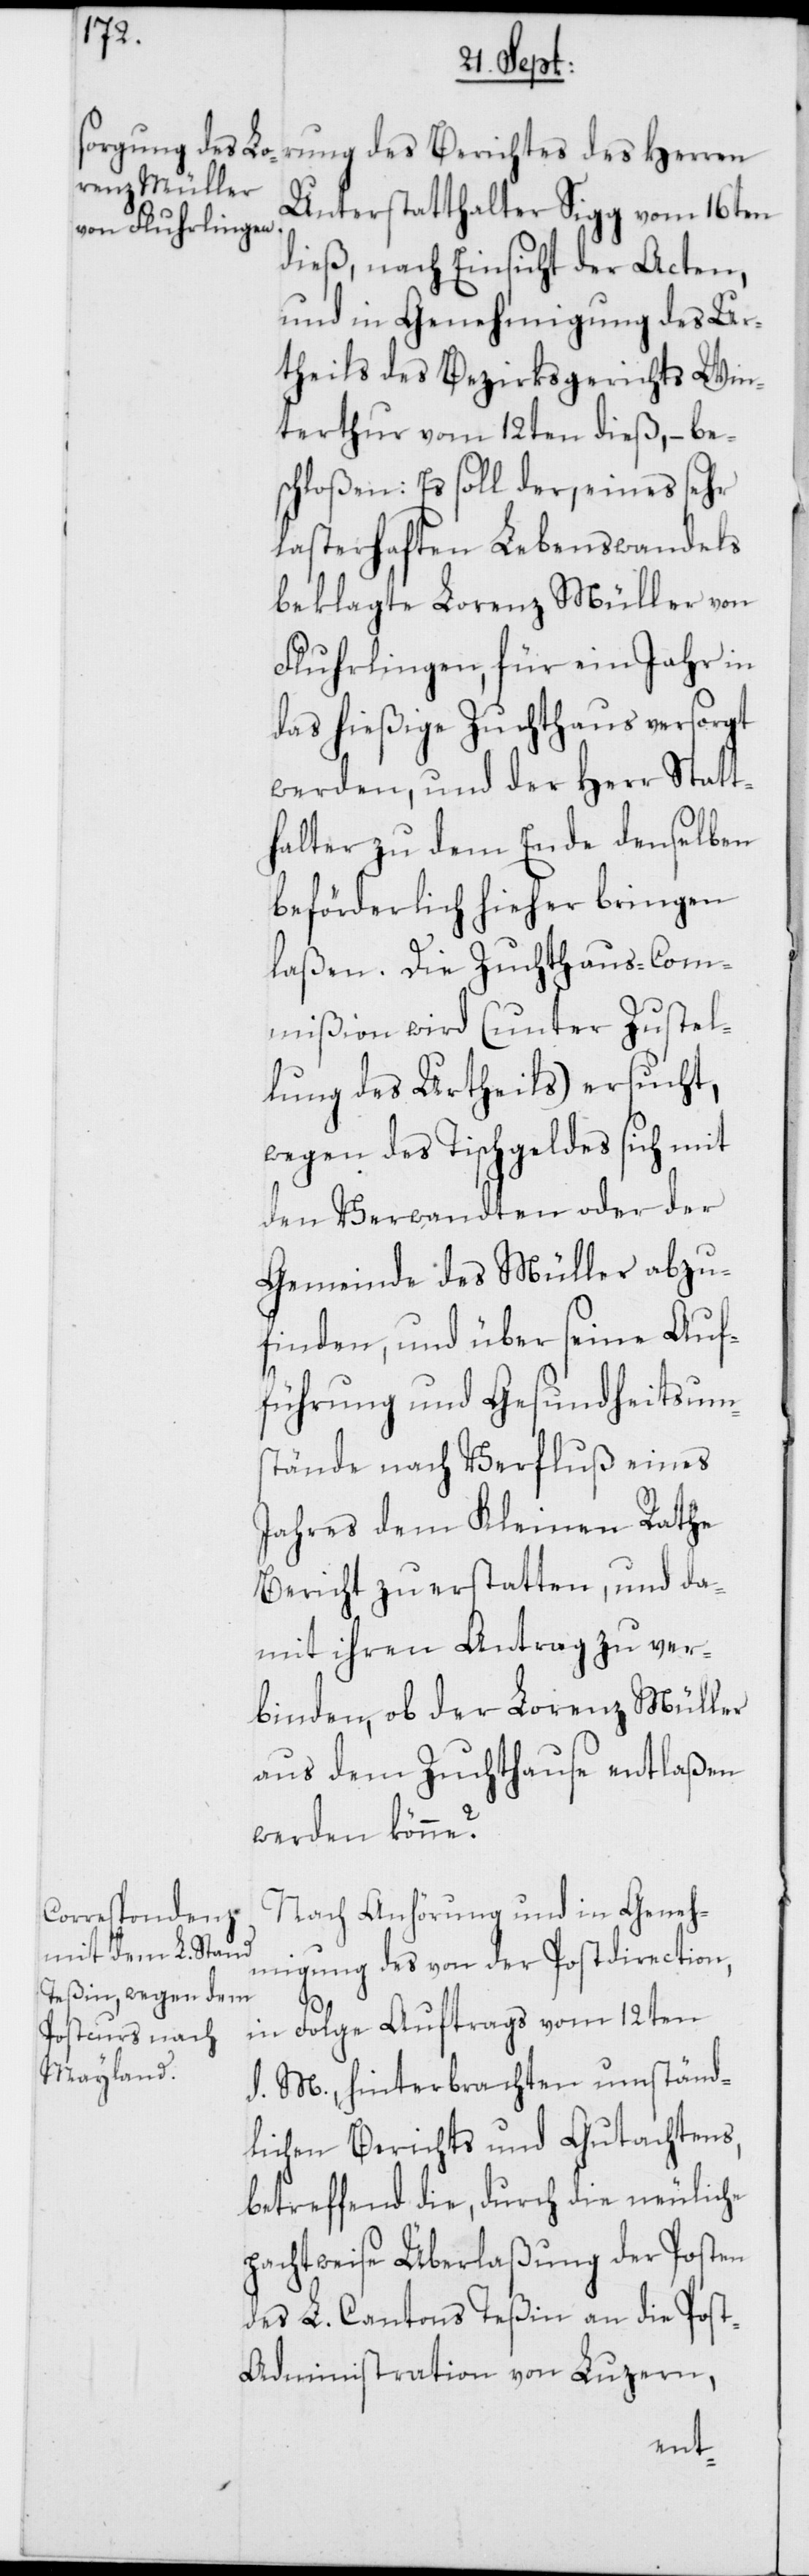
rung des Berichtes des Herren
Unterstatthalter Sigg vom 16ten
dieß, nach Einsicht der Acten,
und in Genehmigung des Ur¬
theils des Bezirksgerichts Win¬
terthur vom 12ten dieß, – be¬
schloßen: Es soll der, eines sehr
lasterhaften Lebenswandels
beklagte Lorenz Müller von
Fluhrlingen, für ein Jahr in
das hießige Zuchthaus versorgt
werden, und der Herr Statt¬
halter zu dem Ende denselben
beförderlich hieher bringen
laßen. Die Zuchthaus-Com¬
mißion wird (unter Zustel¬
lung des Urtheils) ersucht,
wegen des Tischgeldes sich mit
den Verwandten oder der
Gemeinde des Müller abzu¬
finden, und über seine Auf¬
führung und Gesundheitsums¬
tände nach Verfluß eines
Jahres dem Kleinen Rathe
Bericht zu erstatten, und da¬
mit ihren Antrag zu ver¬
binden, ob der Lorenz Müller
aus dem Zuchthause entlaßen
werden könne?
Nach Anhörung und in Geneh¬
migung des von der Postdirection,
in Folge Auftrags vom 12ten
d. M., hinterbrachten umständ¬
lichen Berichts und Gutachtens,
betreffend die, durch die neuliche
pachtweise Überlaßung der Posten
des L. Cantons Teßin an die Pos¬
t-Administration von Luzern,